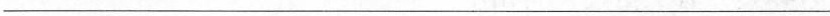
___